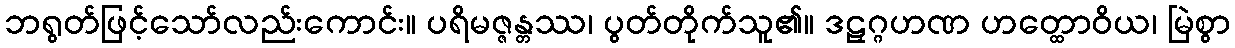
ဘရွတ်ဖြင့်သော်လည်းကောင်း။ ပရိမဇ္ဇန္တဿ၊ ပွတ်တိုက်သူ၏။ ဒဠှဂ္ဂဟဏ ဟတ္ထောဝိယ၊ မြဲစွာ